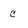
Character: c